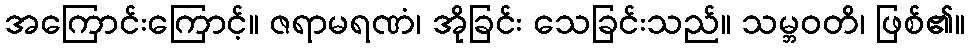
အကြောင်းကြောင့်။ ဇရာမရဏံ၊ အိုခြင်း သေခြင်းသည်။ သမ္ဘဝတိ၊ ဖြစ်၏။